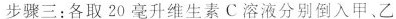
步骤三：各取20毫升维生素C溶液分别倒入甲、乙